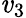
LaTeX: \mathit{v}_{3}